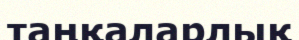
таңқаларлық